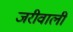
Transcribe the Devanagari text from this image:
जरीवाली